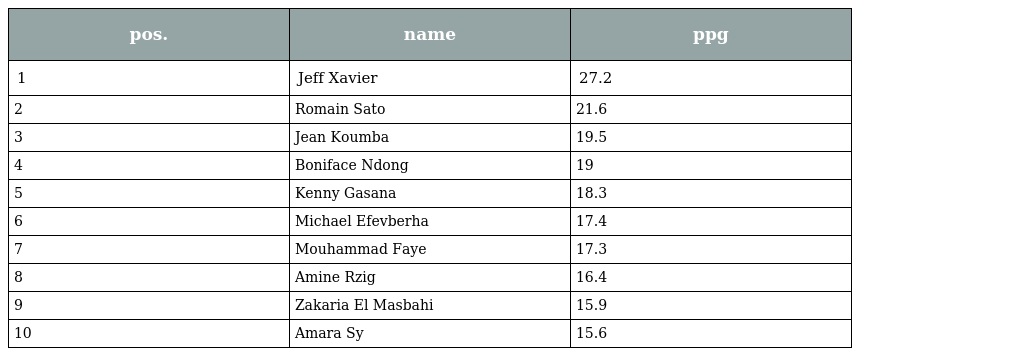
| pos. | name | ppg |
 | --- | --- | --- |
 | 1 | Jeff Xavier | 27.2 |
 | 2 | Romain Sato | 21.6 |
 | 3 | Jean Koumba | 19.5 |
 | 4 | Boniface Ndong | 19 |
 | 5 | Kenny Gasana | 18.3 |
 | 6 | Michael Efevberha | 17.4 |
 | 7 | Mouhammad Faye | 17.3 |
 | 8 | Amine Rzig | 16.4 |
 | 9 | Zakaria El Masbahi | 15.9 |
 | 10 | Amara Sy | 15.6 |